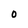
Character: 0